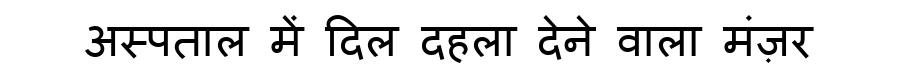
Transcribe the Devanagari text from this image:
अस्पताल में दिल दहला देने वाला मंज़र